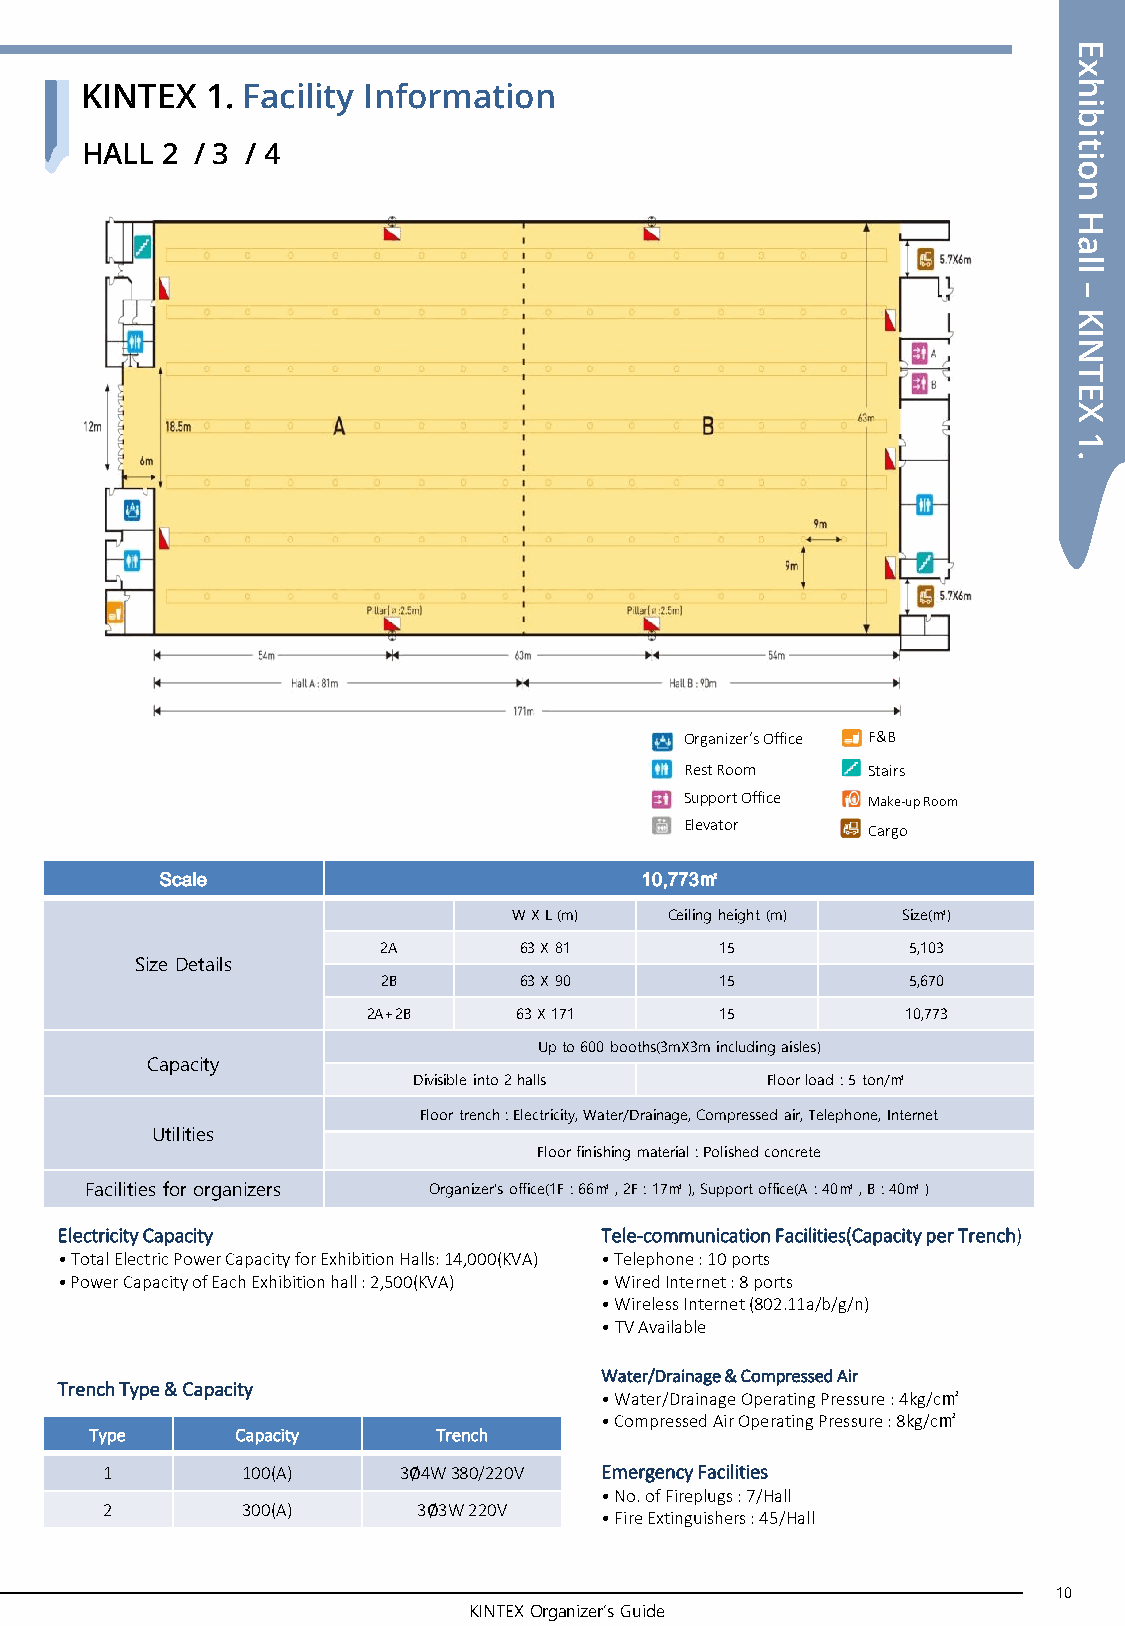
E
 x
 KINTEX   1. Facility Information                                  h
 i
 b
 i
 HALL  2 / 3 / 4                                                   t
 i
 o
 n
 H
 a
 l
 l
 –
 K
 I
 N
 T
 E
 X
 1
 .
 Organizer’s Office F&B
 Rest Room   Stairs
 Support Office Make-up Room
 Elevator    Cargo
 Scale                          10,773㎡
 W X L (m) Ceiling height (m) Size(㎡)
 2A       63 X 81       15          5,103
 Size Details
 2B       63 X 90       15          5,670
 2A+2B     63 X 171      15          10,773
 Up to 600 booths(3mX3m including aisles)
 Capacity
 Divisible into 2 halls  Floor load : 5 ton/㎡
 Floor trench : Electricity, Water/Drainage, Compressed air, Telephone, Internet
 Utilities
 Floor finishing material : Polished concrete
 Facilities for organizers Organizer’s office(1F : 66㎡ , 2F : 17㎡ ), Support office(A : 40㎡ , B : 40㎡ )
 Electricity Capacity                Tele-communication Facilities(Capacity per Trench)
 • Total Electric Power Capacity for Exhibition Halls: 14,000(KVA) • Telephone : 10 ports
 • Power Capacity of Each Exhibition hall : 2,500(KVA) • Wired Internet : 8 ports
 • Wireless Internet (802.11a/b/g/n)
 • TV Available
 Water/Drainage & Compressed Air
 Trench Type & Capacity
 • Water/Drainage Operating Pressure : 4kg/c㎡
 • Compressed Air Operating Pressure : 8kg/c㎡
 Type      Capacity     Trench
 1        100(A)    3∅4W 380/220V Emergency Facilities
 • No. of Fireplugs : 7/Hall
 2        300(A)      3∅3W 220V
 • Fire Extinguishers : 45/Hall
 10
 KINTEX Organizer’s Guide